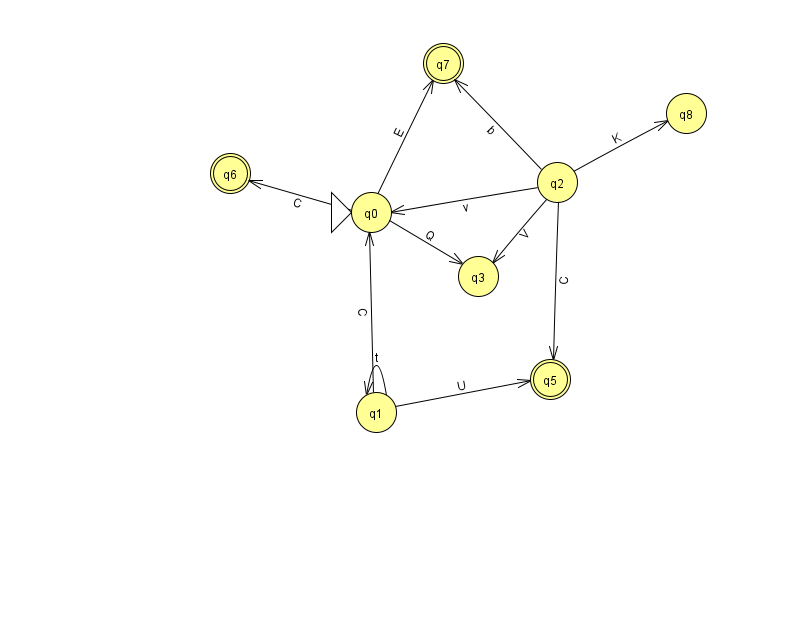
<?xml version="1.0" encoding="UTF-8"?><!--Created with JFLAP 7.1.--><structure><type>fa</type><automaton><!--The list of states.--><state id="0" name="q0"><x>371.0</x><y>199.0</y><initial/></state><state id="1" name="q1"><x>376.0</x><y>399.0</y></state><state id="2" name="q2"><x>557.0</x><y>169.0</y></state><state id="3" name="q3"><x>478.0</x><y>263.0</y></state><state id="5" name="q5"><x>550.0</x><y>366.0</y><final/></state><state id="6" name="q6"><x>230.0</x><y>160.0</y><final/></state><state id="7" name="q7"><x>443.0</x><y>50.0</y><final/></state><state id="8" name="q8"><x>686.0</x><y>100.0</y></state><!--The list of transitions.--><transition><from>1</from><to>5</to><read>U</read></transition><transition><from>1</from><to>1</to><read>t</read></transition><transition><from>2</from><to>0</to><read>v</read></transition><transition><from>2</from><to>3</to><read>V</read></transition><transition><from>2</from><to>5</to><read>C</read></transition><transition><from>2</from><to>8</to><read>K</read></transition><transition><from>0</from><to>7</to><read>E</read></transition><transition><from>0</from><to>6</to><read>C</read></transition><transition><from>1</from><to>0</to><read>C</read></transition><transition><from>2</from><to>7</to><read>b</read></transition><transition><from>0</from><to>3</to><read>Q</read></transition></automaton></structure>